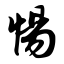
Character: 惕